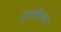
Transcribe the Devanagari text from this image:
डार्वीनचा